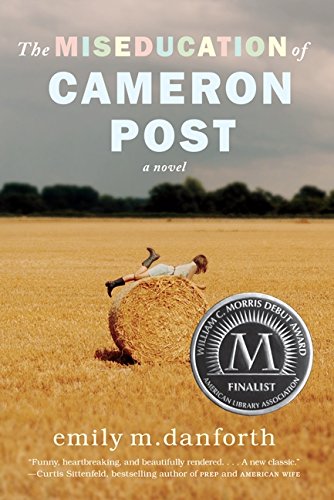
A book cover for The Miseducation of Cameron Post; emily m. danforth; Literature & Fiction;